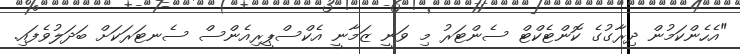
"އެހެންކަމުން ދިރާގުގެ ކޮންޓެކްޓް ސެންޓަރު މި ވަނީ ޒަމާނީ އެކްސްޕީރިއެންސް ސެނޓަރަކަށް ބަދަލުވެފައި.